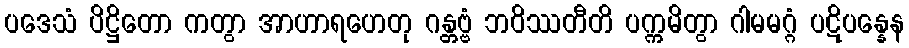
ပဒေသံ ပိဋ္ဌိတော ကတွာ အာဟာရဟေတု ဂန္တဗ္ဗံ ဘဝိဿတီတိ ပက္ကမိတွာ ဂါမမဂ္ဂံ ပဋိပန္နေန